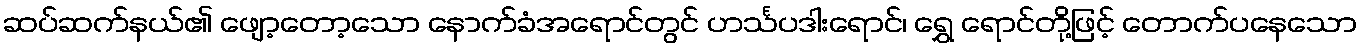
ဆပ်ဆက်နယ်၏ ဖျော့တော့သော နောက်ခံအရောင်တွင် ဟင်္သပဒါးရောင်၊ ရွှေ ရောင်တို့ဖြင့် တောက်ပနေသော